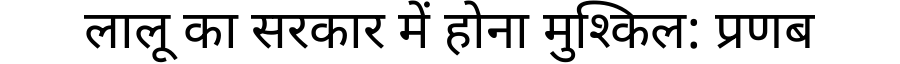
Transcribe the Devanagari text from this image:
लालू का सरकार में होना मुश्किल: प्रणब